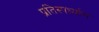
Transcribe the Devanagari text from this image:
प्रतिस्पर्ध्यास